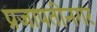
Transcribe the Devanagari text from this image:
प्रजापतीनगर